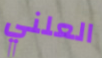
العلني